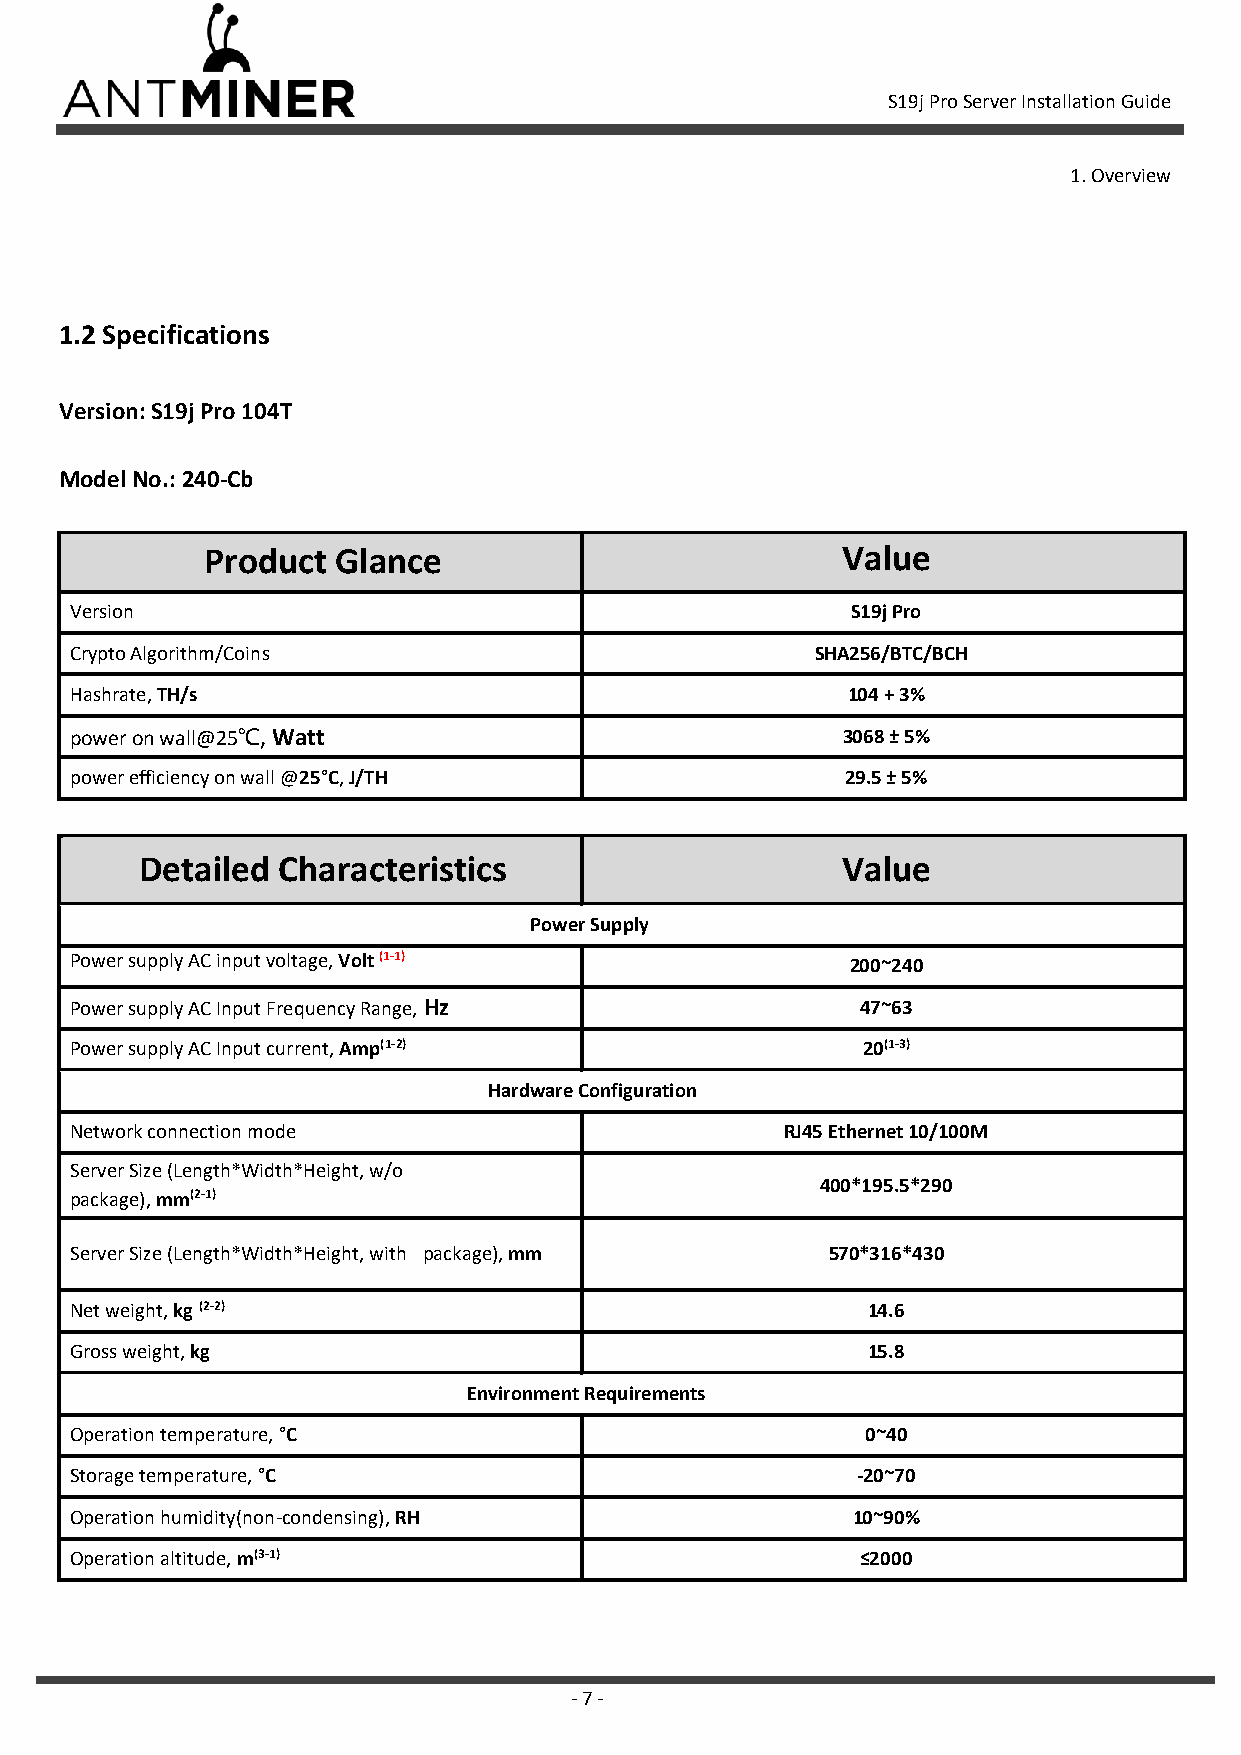
S19j Pro Server Installation Guide
 1. Overview
 1.2 Specifications
 Version: S19j Pro 104T
 Model No.: 240-Cb
 Product Glance                            Value
 Version                                            S19j Pro
 Crypto Algorithm/Coins                           SHA256/ BTC/BCH
 Hashrate, TH/s                                     104 + 3%
 power on wall@25℃, Watt                            3068 ± 5%
 power efficiency on wall @25°C, J/TH               29.5 ± 5%
 Detailed Characteristics                       Value
 Power Supply
 Power supply AC input voltage, Volt (1-1)          200~240
 Power supply AC Input Frequency Range, Hz           47~63
 Power supply AC Input current, Amp(1-2)             20(1-3)
 Hardware Configuration
 Network connection mode                        RJ45 Ethernet 10/100M
 Server Size (Length*Width*Height, w/o
 400*195.5*290
 package), mm(2-1)
 Server Size (Length*Width*Height, with package), mm 570*316*430
 Net weight, kg (2-2)                                14.6
 Gross weight, kg                                    15.8
 Environment Requirements
 Operation temperature, °C                           0~40
 Storage temperature, °C                             -20~70
 Operation humidity(non-condensing), RH             10~90%
 Operation altitude, m(3-1)                          ≤2000
 - 7 -